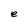
Character: e